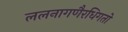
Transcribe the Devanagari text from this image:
ललनागणैरधिगतो